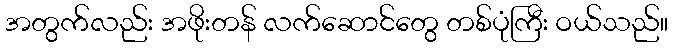
အတွက်လည်း အဖိုးတန် လက်ဆောင်တွေ တစ်ပုံကြီး ဝယ်သည်။